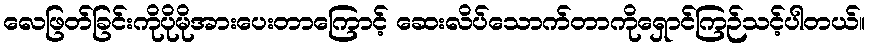
လေဖြတ်ခြင်းကိုပိုမိုအားပေးတာကြောင့် ဆေးလိပ်သောက်တာကိုရှောင်ကြဉ်သင့်ပါတယ်။